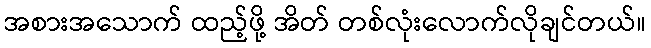
အစားအသောက် ထည့်ဖို့ အိတ် တစ်လုံးလောက်လိုချင်တယ်။